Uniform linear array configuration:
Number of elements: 4
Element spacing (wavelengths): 0.25
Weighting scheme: binomial
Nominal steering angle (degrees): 30
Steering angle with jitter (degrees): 30.008
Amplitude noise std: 0.05
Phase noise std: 0.05

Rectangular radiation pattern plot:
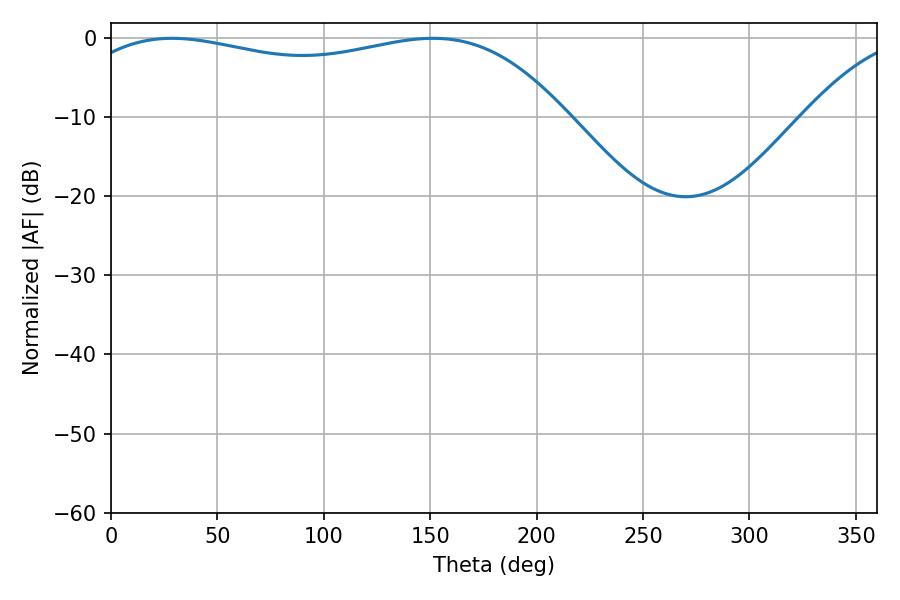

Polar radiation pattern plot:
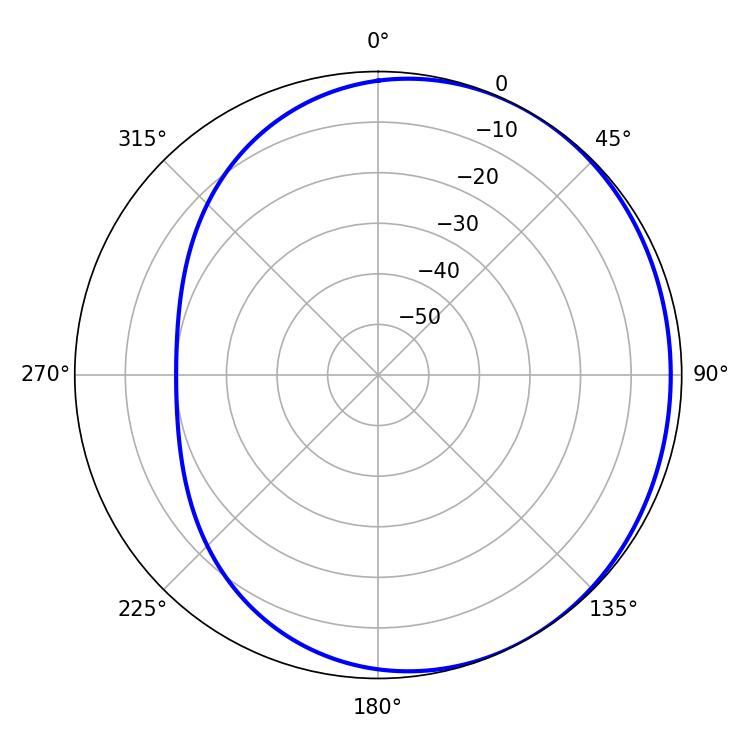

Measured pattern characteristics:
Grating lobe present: FALSE
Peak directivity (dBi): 1.48
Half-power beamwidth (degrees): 187.74
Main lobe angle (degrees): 28.62